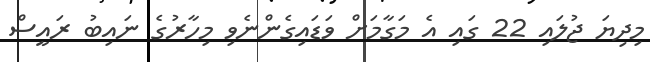
މިދިޔަ ޖުލައި 22 ގައި އެ މަގާމަށް ވަޑައިގެންނެވި މިހާރުގެ ނައިބު ރައީސް